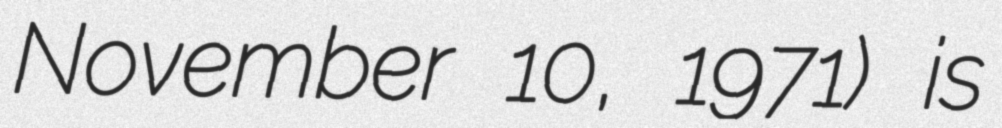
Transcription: November 10, 1971) is